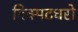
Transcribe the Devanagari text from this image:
दिक्पटधरो